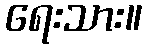
ရေးသား။